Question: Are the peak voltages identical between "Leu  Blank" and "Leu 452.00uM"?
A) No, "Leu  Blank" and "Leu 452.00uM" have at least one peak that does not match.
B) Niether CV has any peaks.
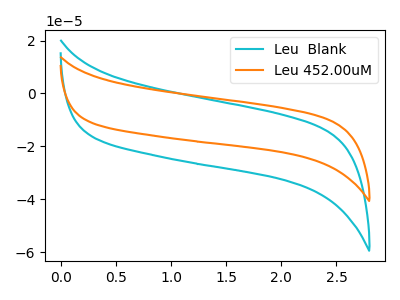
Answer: <think>The cyan curve "Leu  Blank" has no peaks. The orange curve "Leu 452.00uM" has no peaks.</think>
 <answer>B) Niether CV has any peaks.</answer>
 <eval>B</eval>